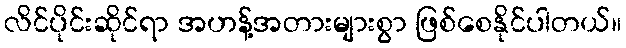
လိင်ပိုင်းဆိုင်ရာ အဟန့်အတားများစွာ ဖြစ်စေနိုင်ပါတယ်။